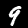
Label: 9